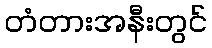
တံတားအနီးတွင်